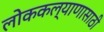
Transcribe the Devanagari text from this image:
लोककल्याणासाठी